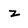
Character: z